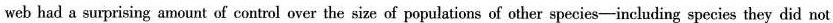
web had a surprising amount of control over the size of populations of other species-including species they did not